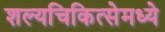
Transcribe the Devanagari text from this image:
शल्यचिकित्सेमध्ये